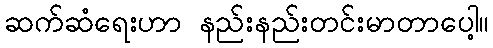
ဆက်ဆံရေးဟာ နည်းနည်းတင်းမာတာပေါ့။